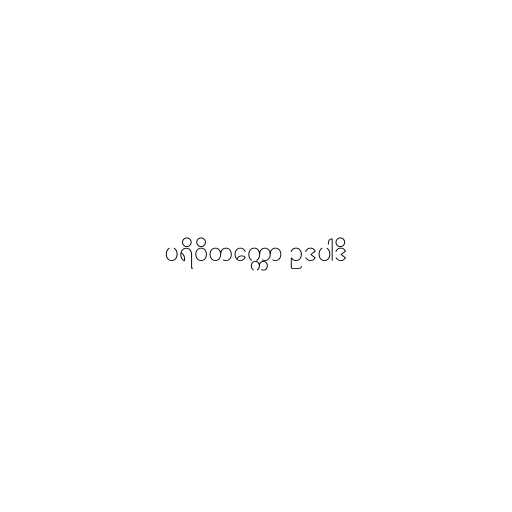
ပရိဝိတက္ကော ဥဒပါဒိ